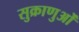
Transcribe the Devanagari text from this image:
सुक्राणुओं